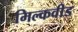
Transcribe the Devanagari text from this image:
मिल्कवीड